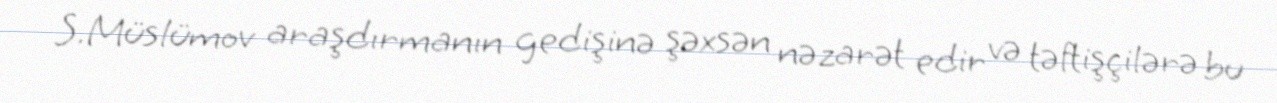
S.Müslümov araşdırmanın gedişinə şəxsən nəzarət edir və təftişçilərə bu